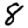
Digit: 8